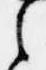
之